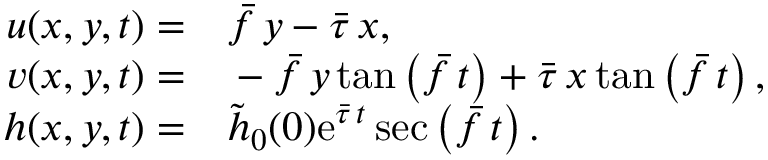
\begin{array} { r l } { u ( x , y , t ) = } & { { } \bar { f } \, y - \bar { \tau } \, x , } \\ { v ( x , y , t ) = } & { { } - \bar { f } \, y \, \mathrm { t a n } \left( \bar { f } \, t \right) + \bar { \tau } \, x \, \mathrm { t a n } \left( \bar { f } \, t \right) , } \\ { h ( x , y , t ) = } & { { } \tilde { h } _ { 0 } ( 0 ) \mathrm { e } ^ { \bar { \tau } \, t } \sec \left( \bar { f } \, t \right) . } \end{array}